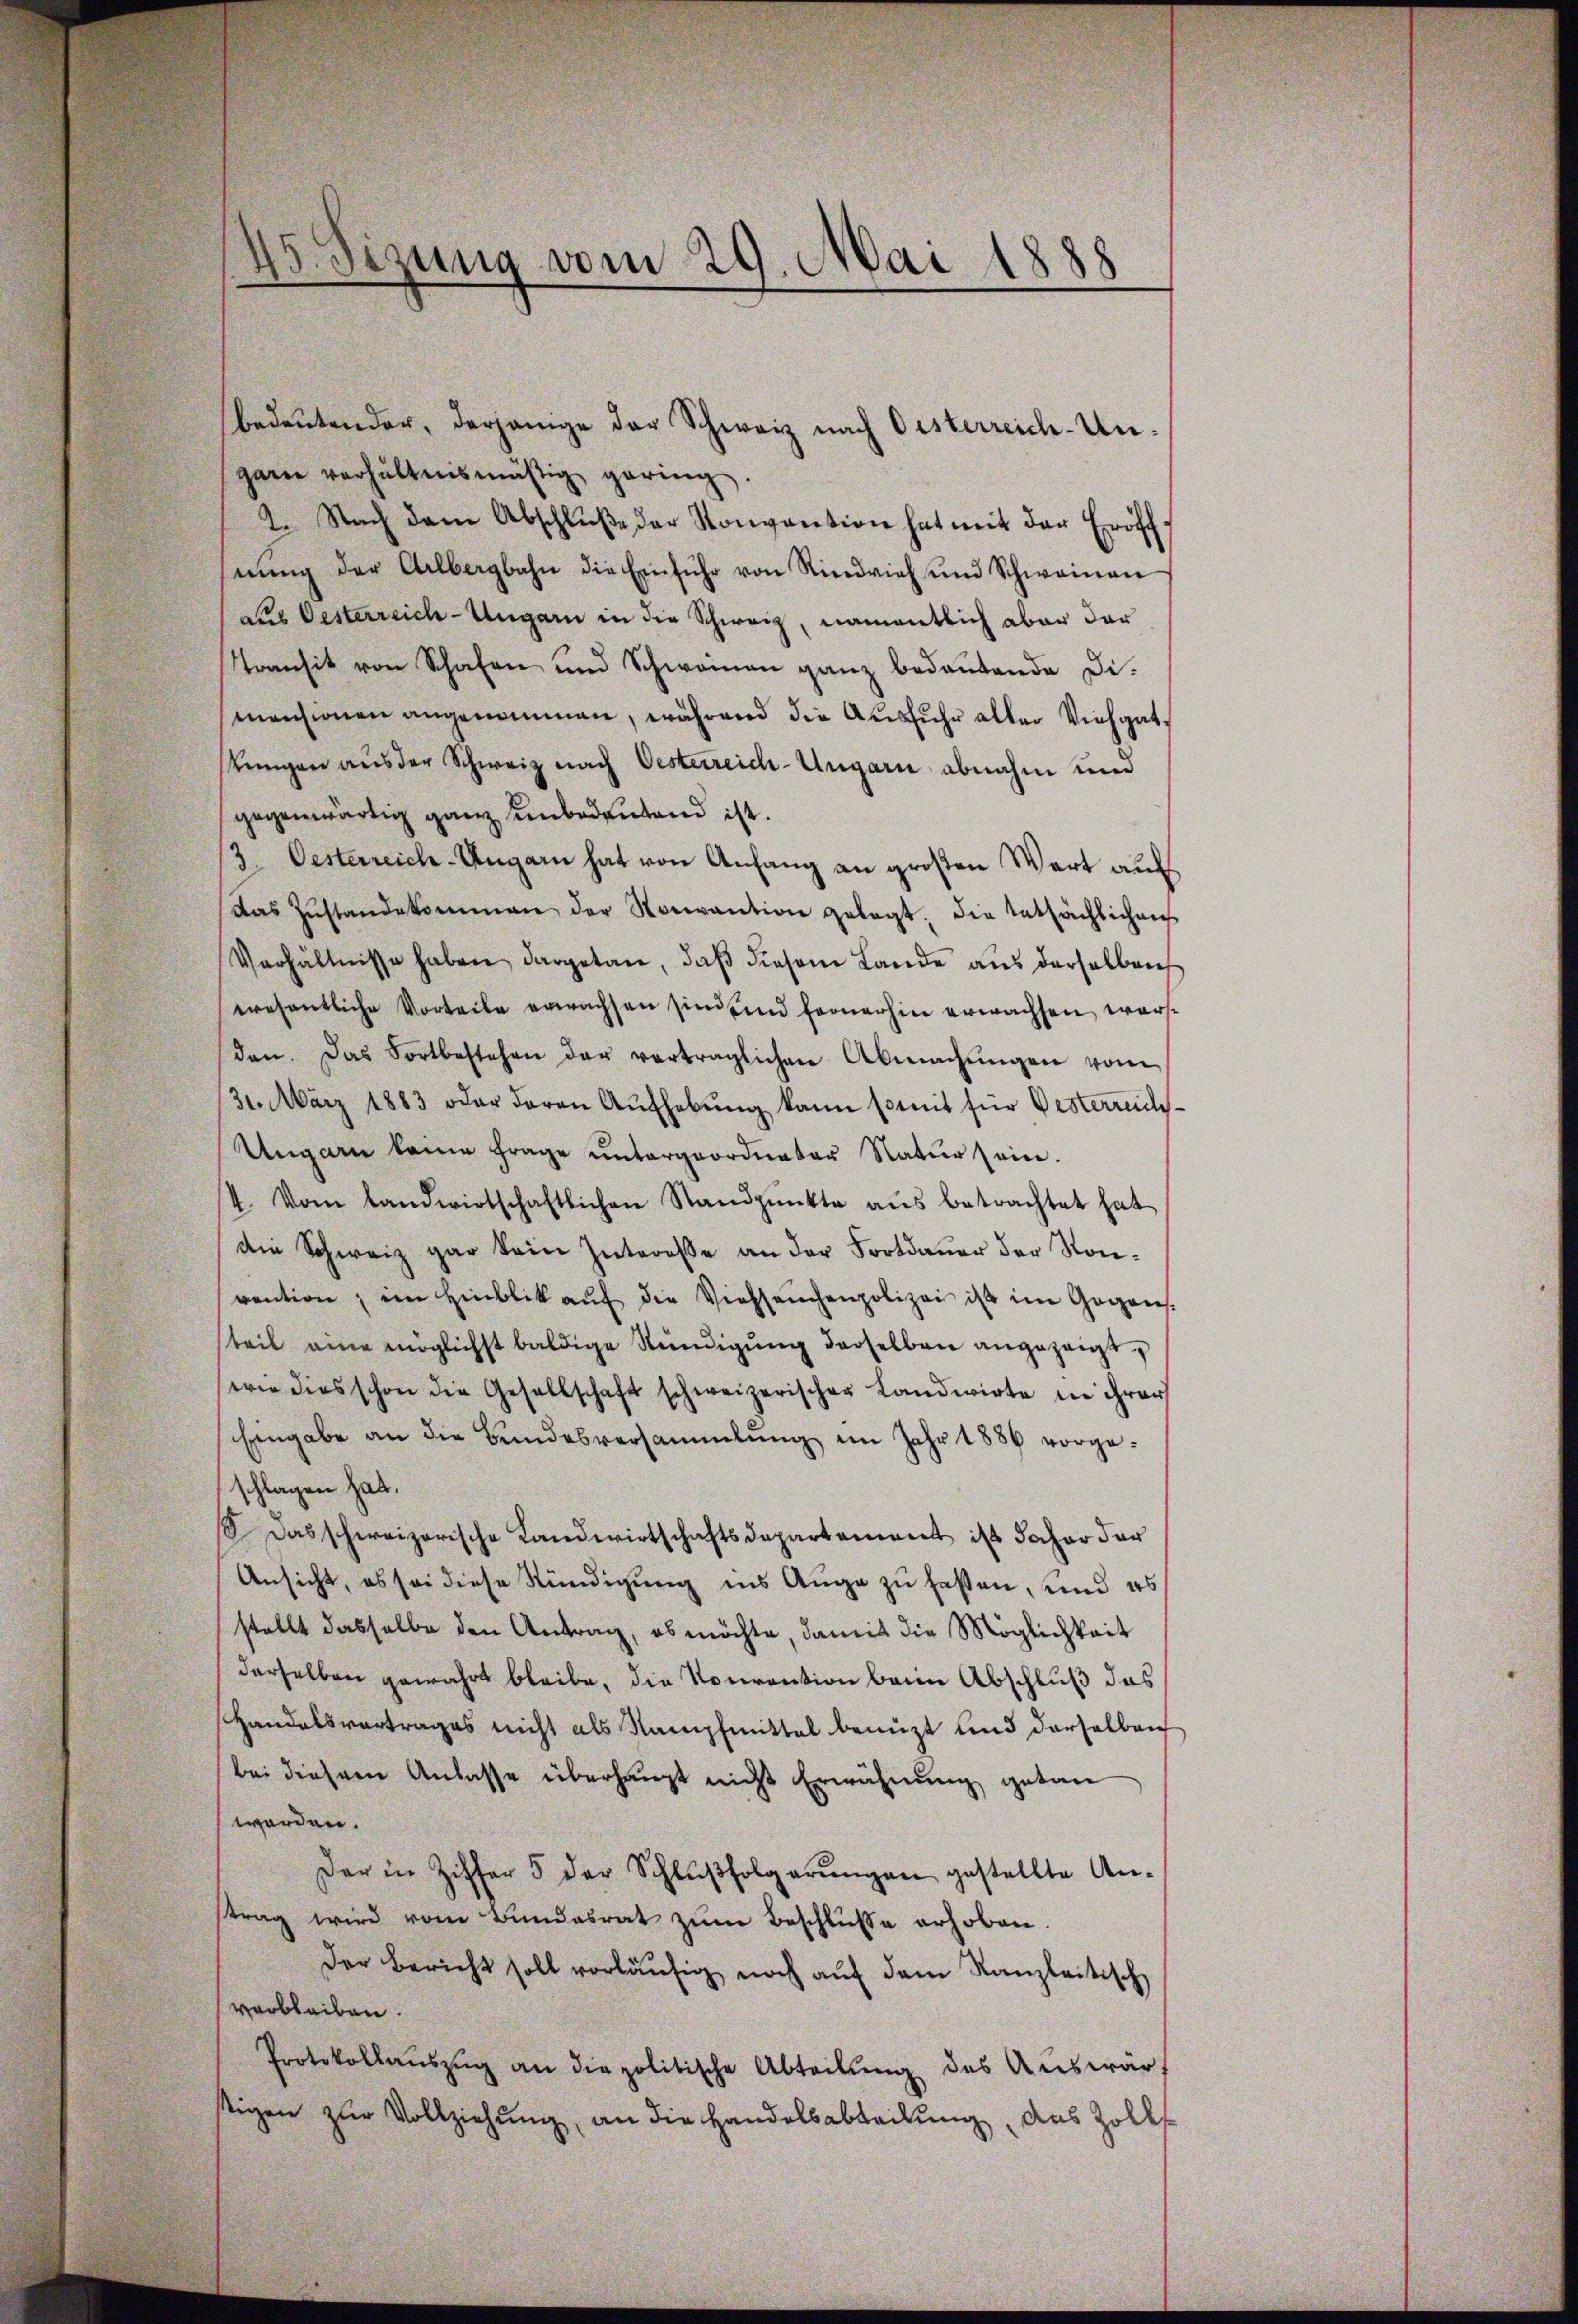
garn verhältnismäßig gering.
2. Nach dem Abschlŭβe der Konvention hat mit der Eröff
nŭng der Albergbahn die Einführ von Rindvieh und Schweinau
aus Oesterreich-Ungarn in die Schweiz, namentlich aber dar
Transit von Schafen und Schweinen ganz bedeutende Di-
mensionen angenommen, während die Ausfuhr aller Viehgatstungen aus der Schweiz nach Oesterreich-Ungarn abnahm und
gegenwärtig ganz unbedeutend ist.
3. Oesterreich-Ungarn hat von Anfang an großen Wort auf
das Zŭstandekommen der Nouvantion gelegt. Die tatsächlichen
Verhältnisse haben dargetan, daß diesem Lande aus derselben
wesentliche Vorteile erwachsen sind und fernerhin erwachsen, warsden. Das Fortbestehen der verträglichen Abmachŭngen vom
31. März 1883 oder daran Aŭfhebŭng kann somit für Gesterrich¬
Ungarn keine frage ŭntergeordneter Natŭr sein.
/4. Vom Landwirtschaftlichen Standpŭnkte aŭs betrachtet hat
die Schweiz gar kein Interesse an der Fortdauer der Konvention, im Hinblik aŭf die Viehseuchenpolizei ist im Gegens.
teil eine möglichst baldige Stündigŭng derselben angezeigt
wie dies schon die Gesellschaft schweizerischer Landwirte in ihrer
Eingabe an die Bundesversammlung im Jahr 1886 vorge-
schlagen hat.
1 das schweizerische Landwirtschaftsdepartement ist daher dar
Ansicht, es sei diese Stündigung ins Auge zu faßen, und es
stellt dasselbe den Antrag, es möchte, damit die Möglichkeit
derselben gewahrt bleibe, die Vorrention beim Abschluß das
Handelsvortrages nicht als Stampfmittel benützt und derselben
bei diesem Anlasse überhaupt nicht Erwähnung getan
worden.
Der in Ziffer 5 der Schlŭβfolgerŭngen gestellte An-
strag wird vom Bundesrat zŭm Beschlüße erhoben.
Der Bericht soll vorläufig noch auf dem Kanzleitisch
verbleiben.
Protokollaŭszŭg an die politische Abteilŭng des Aŭswär
stigen zŭr Vollziehŭng an die Handelsabteilŭng, das Zolls

45. Sezung vom 29. Mai 1888

bedeutender, derjenige der Schweiz nach Oesterreich-Un¬